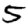
Digit: 5